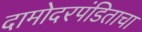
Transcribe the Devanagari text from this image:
दामोदरपंडिताचा